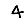
Digit: 4